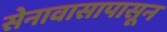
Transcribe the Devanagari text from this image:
सेनावासापासून